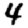
Digit: 4